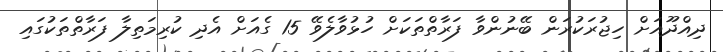
ދިއްދޫއަށް ހިޖުރަކުރަން ބޭނުންވާ ފަރާތްތަކަށް ހުޅުވާލެވޭ 15 ގެއަށް އެދި ކުރިމަތިލާ ފަރާތްތަކުގައި